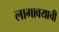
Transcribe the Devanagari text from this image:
लागावयाची